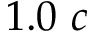
1 . 0 ~ c